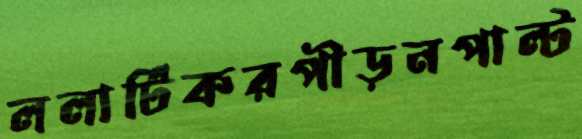
ললার্টিকরপীড়নপাল্ট